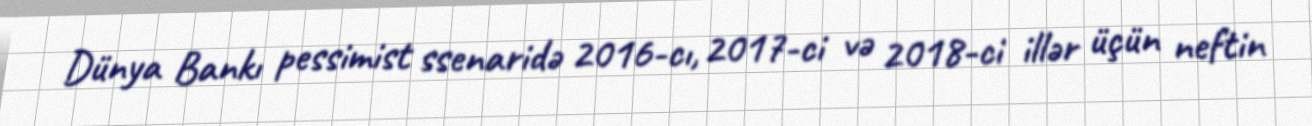
Dünya Bankı pessimist ssenaridə 2016-cı, 2017-ci və 2018-ci illər üçün neftin